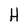
Character: H